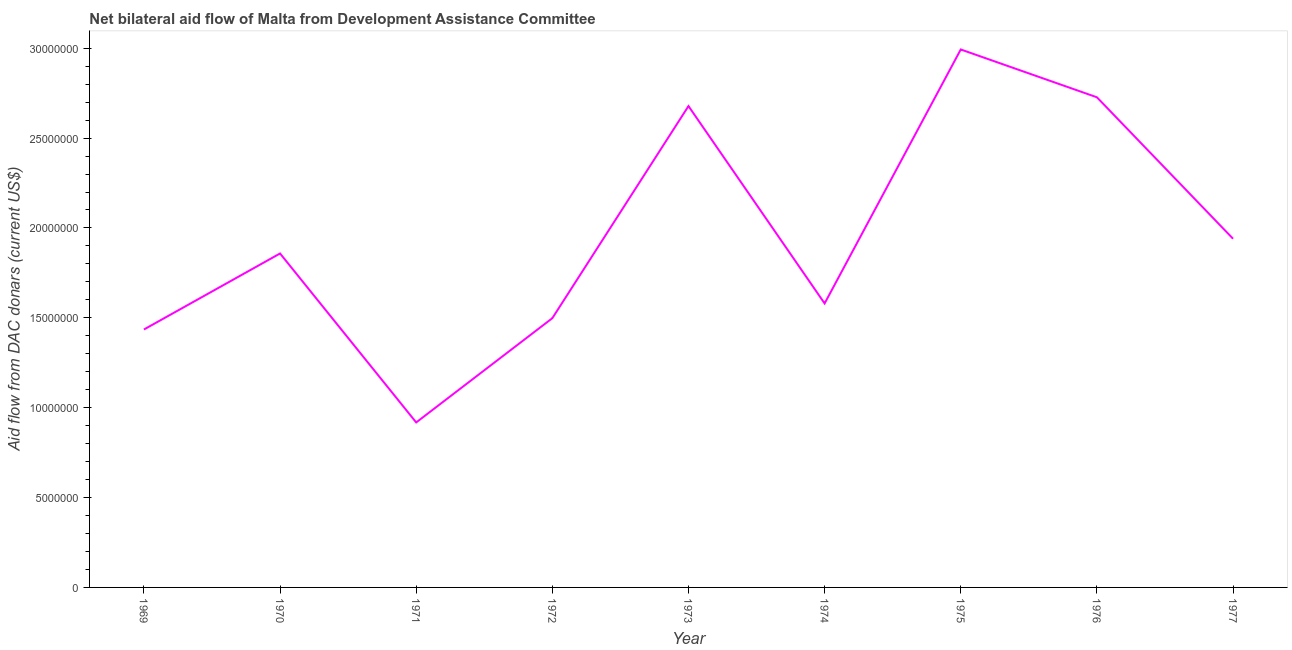
| Year | Net bilateral aid flows from DAC donors |
 | --- | --- |
 | 1969 | 1.44e+07 |
 | 1970 | 1.86e+07 |
 | 1971 | 9.18e+06 |
 | 1972 | 1.5e+07 |
 | 1973 | 2.68e+07 |
 | 1974 | 1.58e+07 |
 | 1975 | 2.99e+07 |
 | 1976 | 2.73e+07 |
 | 1977 | 1.94e+07 |